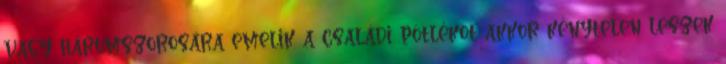
vagy háromszorosára emelik a családi pótlékot akkor kénytelen leszek